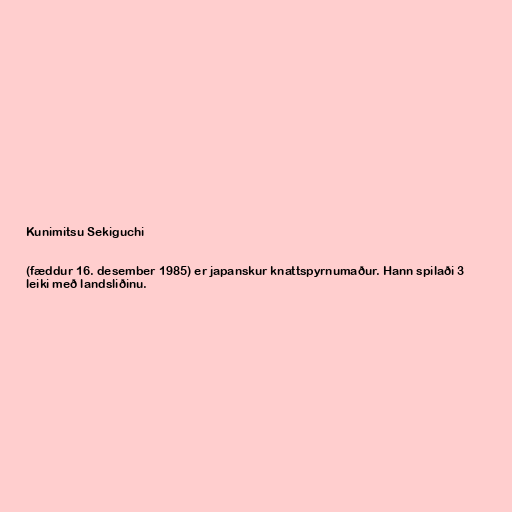
Kunimitsu Sekiguchi

(fæddur 16. desember 1985) er japanskur knattspyrnumaður. Hann spilaði 3
leiki með landsliðinu.